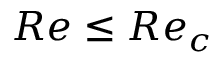
R e \le R e _ { c }